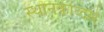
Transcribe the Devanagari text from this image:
स्थानकांव्दारे